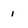
Character: I